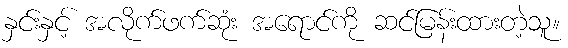
နှင်းနှင့် အလိုက်ဖက်ဆုံး အရောင်ကို ဆင်မြန်းထားတဲ့သူ။